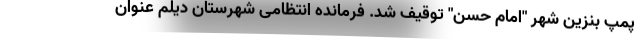
پمپ بنزین شهر "امام حسن" توقیف شد. فرمانده انتظامی شهرستان دیلم عنوان